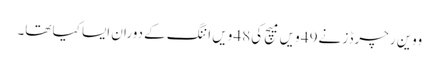
ووین رچرڈز نے49 ویں میچ کی48 ویں اننگ کے دوران ایسا کیا تھا۔